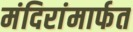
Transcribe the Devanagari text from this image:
मंदिरांमार्फत